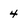
Character: 4